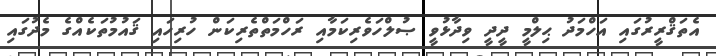
އެތަޤްރީރުގައި އަހްމަދު ޙިލްމީ ދީދީ ވިދާޅުވީ ޞުލްހަވެރިކަމާއި ރަހްމަތްތެރިކަން ހުރިހައި ޤައުމުތަކެއްގެ މެދުގައި